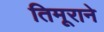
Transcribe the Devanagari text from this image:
तिमूराने